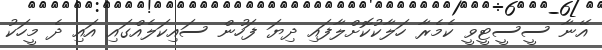
އޭނާ ސީސީޓީވީ ކެމެރާ ހަލާކުކޮށްލާފައި ދިޔަ ފަހުން ސައިކަލެއްގައި އައި ދެ މީހަކު